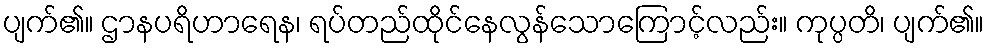
ပျက်၏။ ဌာနပရိဟာရေန၊ ရပ်တည်ထိုင်နေလွန်သောကြောင့်လည်း။ ကုပ္ပတိ၊ ပျက်၏။